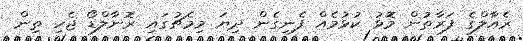
ރެއާލްގެ ފަރާތުން މޮޅު ކުޅުމެއް ފެނިގެން ދިޔަ މިމެޗުގައި ރޮނާލްޑޯ ޖެހި ތިން